Civil Veterinary Department. Madras. Admin. report 1926-33 - 1926-1933
Year: 1926
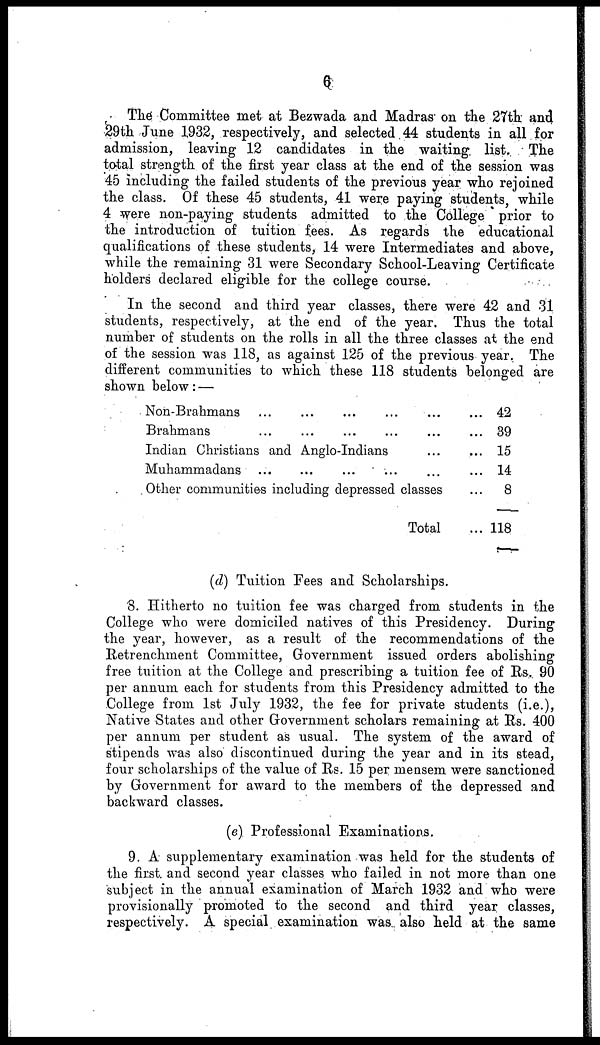
6
The Committee met at Bezwada and Madras on the 27th and
29th June 1932, respectively, and selected 44 students in all for
admission, leaving 12 candidates in the waiting list. The
total strength of the first year class at the end of the session was
45 including the failed students of the previous year who rejoined
the class. Of these 45 students, 41 were paying students, while
4 were non-paying students admitted to the College prior to
the introduction of tuition fees. As regards the educational
qualifications of these students, 14 were Intermediates and above,
while the remaining 31 were Secondary School-Leaving Certificate
holders declared eligible for the college course.
In the second and third year classes, there were 42 and 31
students, respectively, at the end of the year. Thus the total
number of students on the rolls in all the three classes at the end
of the session was 118, as against 125 of the previous year. The
different communities to which these 118 students belonged are
shown below : —
Non-Brahmans … … … … …
Brahmans … … … … …
Indian Christians and Anglo-Indians …
Muhammadans … … … … …
Other communities including depressed classes
Total
... 42
... 39
... 15
... 14
...
8
... 118
(d) Tuition Fees and Scholarships.
8. Hitherto no tuition fee was charged from students in the
College who were domiciled natives of this Presidency. During
the year, however, as a result of the recommendations of the
Retrenchment Committee, Government issued orders abolishing
free tuition at the College and prescribing a tuition fee of Rs. 90
per annum each for students from this Presidency admitted to the
College from 1st July 1932, the fee for private students (i.e.),
Native States and other Government scholars remaining at Rs. 400
per annum per student as usual. The system of the award of
stipends was also discontinued during the year and in its stead,
four scholarships of the value of Rs. 15 per mensem were sanctioned
by Government for award to the members of the depressed and
backward classes.
(e) Professional Examinations.
9. A supplementary examination was held for the students of
the first and second year classes who failed in not more than one
subject in the annual examination of March 1932 and who were
provisionally promoted to the second and third year classes,
respectively. A special examination was also held at the same